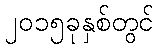
၂၀၁၅ခုနှစ်တွင်